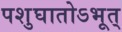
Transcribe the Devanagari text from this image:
पशुघातोऽभूत्‌